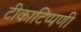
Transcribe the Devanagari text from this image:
टीकाटिप्पणी